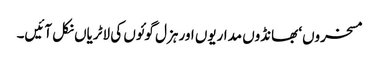
مسخروں‘ بھانڈوں مداریوں اور ہزل گوئوں کی لاٹریاں نکل آئیں۔